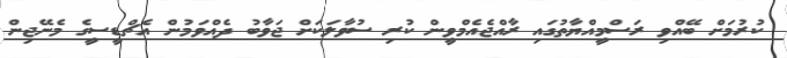
ކުރުމަށް ބޭއްވި ރަސްމީއްޔާތުގައި ރާއްޖެއެމްވީން ކުރި ސުވާލަކަށް ޖަވާބު ދެއްވަމުން އެޗްޑީސީގެ މެނޭޖިން